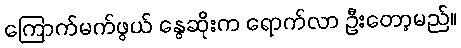
ကြောက်မက်ဖွယ် နွေဆိုးက ရောက်လာ ဦးတော့မည်။